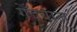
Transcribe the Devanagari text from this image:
गेँदबाज